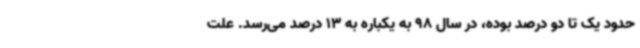
حدود یک تا دو درصد بوده، در سال 98 به یکباره به 13 درصد می‌رسد. علت